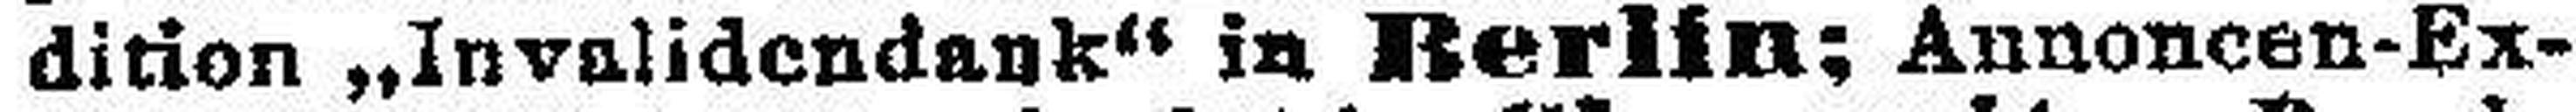
dition „Invalidendank“ in Berlin; Annoncen-Ex¬